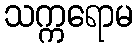
သက္ကရောမ